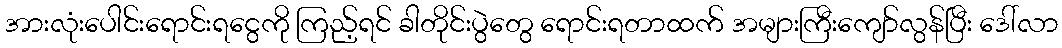
အားလုံးပေါင်းရောင်းရငွေကို ကြည့်ရင် ခါတိုင်းပွဲတွေ ရောင်းရတာထက် အများကြီးကျော်လွန်ပြီး ဒေါ်လာ